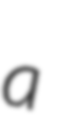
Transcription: a